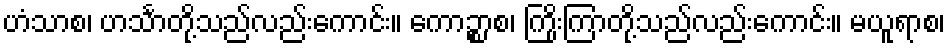
ဟံသာစ၊ ဟင်္သာတို့သည်လည်းကောင်း။ ကောဉ္စာစ၊ ကြိုးကြာတို့သည်လည်းကောင်း။ မယူရာစ၊